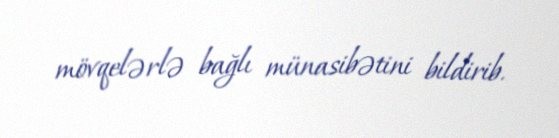
mövqelərlə bağlı münasibətini bildirib.